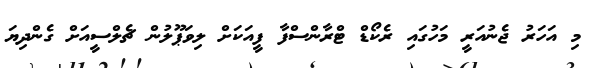
މި އަހަރު ޖެނުއަރީ މަހުގައި ރެކޯޑް ޓްރާންސްފާ ފީއަކަށް ލިވަޕޫލުން ޗެލްސީއަށް ގެންދިޔަ